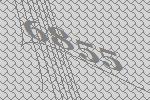
6855